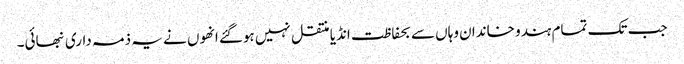
جب تک تمام ہندو خاندان وہاں سے بحفاظت انڈیا منتقل نہیں ہوگئے انھوں نے یہ ذمہ داری نبھائی۔